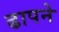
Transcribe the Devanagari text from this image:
ढापने